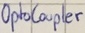
Text: OptoCoupler